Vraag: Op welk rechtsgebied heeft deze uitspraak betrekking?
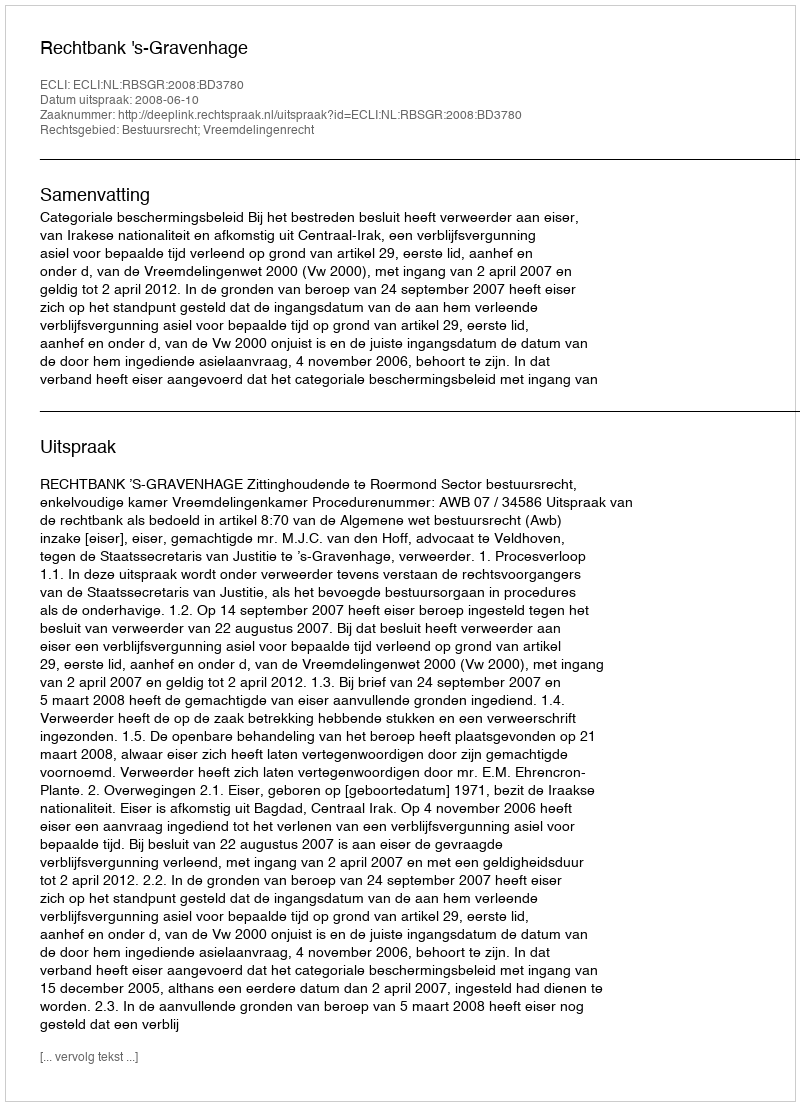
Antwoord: Bestuursrecht; Vreemdelingenrecht